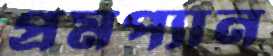
প্রমপ্যান